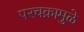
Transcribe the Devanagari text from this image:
परचक्रामुळे